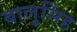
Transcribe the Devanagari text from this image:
बालूसिंह